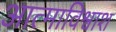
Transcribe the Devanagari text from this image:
आत्माविश्वाश